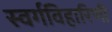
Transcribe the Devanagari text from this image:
स्वर्गविहारिणी